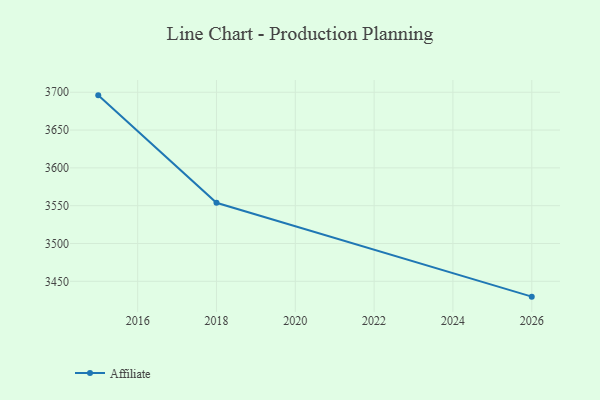
{"axis": {"x": "Year", "y": "Waste Production (Tons)"}, "legend": ["Affiliate"], "data": [{"x": "2015", "y": 3695.9, "type": "Affiliate"}, {"x": "2018", "y": 3553.8, "type": "Affiliate"}, {"x": "2026", "y": 3429.7, "type": "Affiliate"}]}